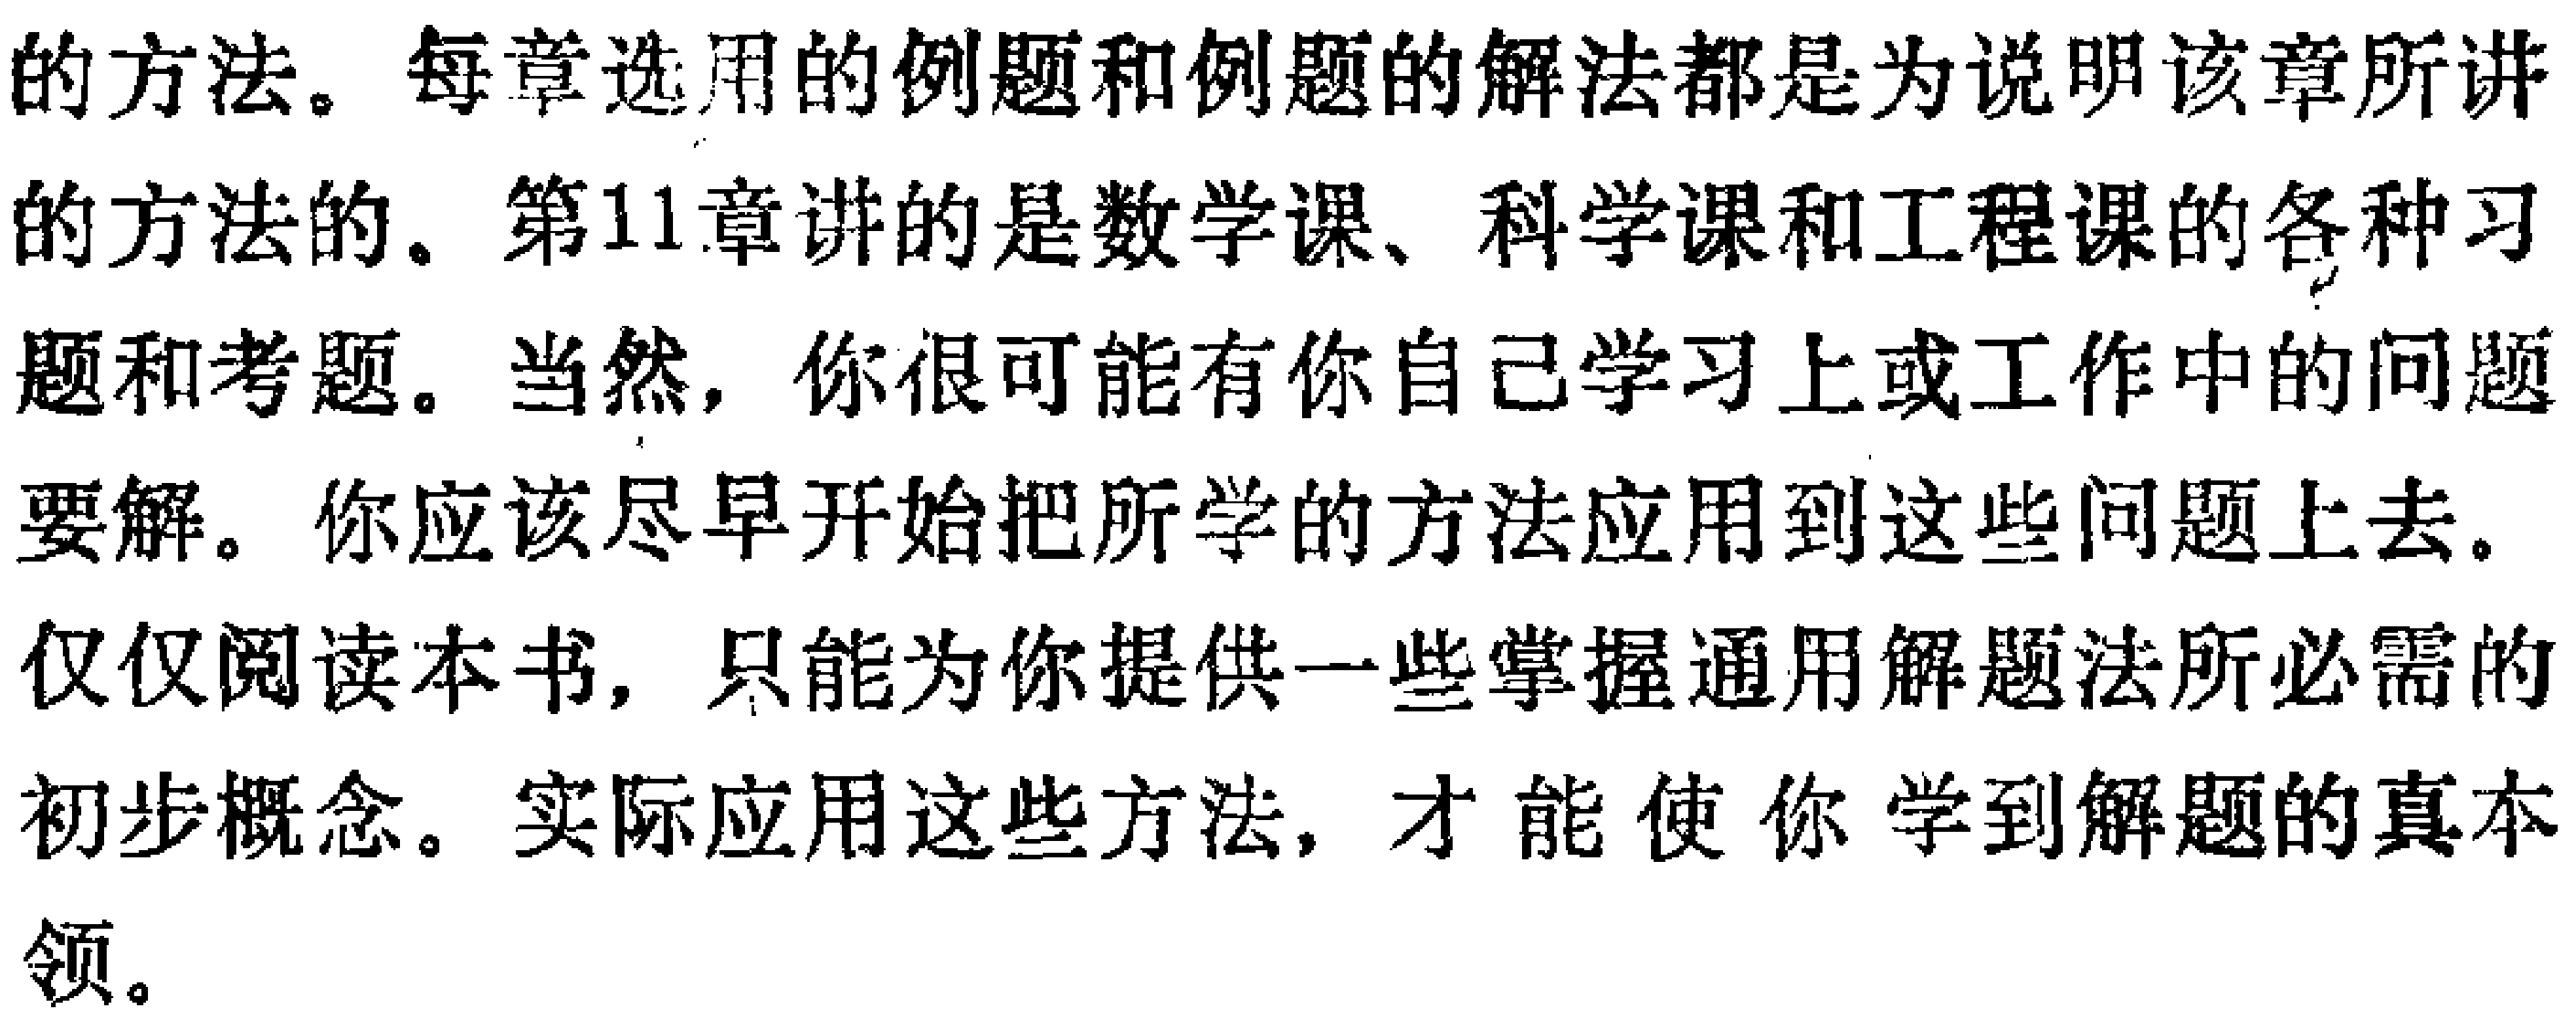
的方法。每章选用的例题和例题的解法都是为说明该章所讲的方法的。第11章讲的是数学课、科学课和工程课的各种习题和考题。当然，你很可能有你自己学习上或工作中的问题要解。你应该尽早开始把所学的方法应用到这些问题上去。仅仅阅读本书，只能为你提供一些掌握通用解题法所必需的初步概念。实际应用这些方法，才能使你学到解题的真本领。